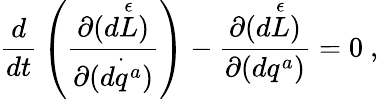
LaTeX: {\frac{d}{dt}}\left({\frac{\partial{(d{\stackrel{\epsilon}{L}})}}{\partial{(\stackrel{\cdot}{dq^{a}}})}}\right)-{\frac{\partial{(d{\stackrel{\epsilon}{L}})}}{\partial{(dq^{a})}}}=0\ ,